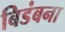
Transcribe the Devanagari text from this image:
बिडंबना